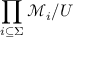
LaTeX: \prod _ { i \subseteq \Sigma } { \mathcal { M } } _ { i } / U